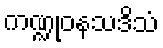
ကဏ္ဍုဝနသဒိသံ